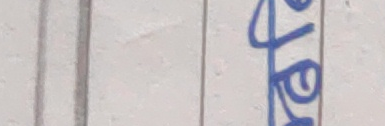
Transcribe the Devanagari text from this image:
मेटर